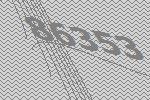
86353